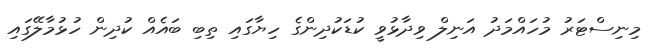
މިނިސްޓަރު މުހައްމަދު އަނިލް ވިދާޅުވީ ކުޑަކުދިންގެ ހިޔާގައި ތިބި ބައެއް ކުދިން ހުޅުމާލޭގައި